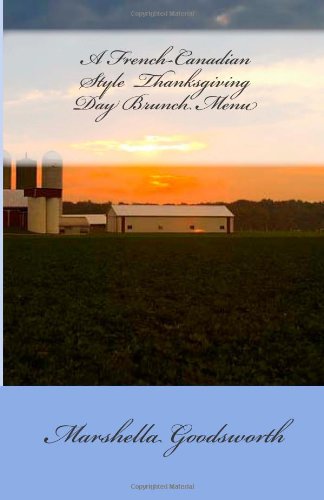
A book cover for A French-Canadian Style  Thanksgiving Day Brunch Menu; Marshella Goodsworth; Cookbooks, Food & Wine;